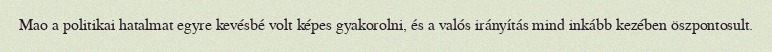
Mao a politikai hatalmat egyre kevésbé volt képes gyakorolni, és a valós irányítás mind inkább kezében öszpontosult.